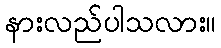
နားလည်ပါသလား။